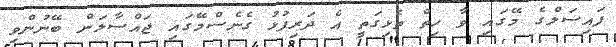
ފައިސަލްގެ މޭގައި ވާ ހިތް ތެޅިގަތީ އެ ދަރިފުޅު ގެނެސްމޭގައި ޖައްސާލަން ބޭނުންވި